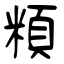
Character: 頪